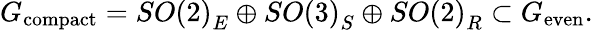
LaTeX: G_{\mathrm{compact}}=SO\left(2\right)_{E}\oplus SO\left(3\right)_{S}\oplus SO\left(2\right)_{R}\subset G_{\mathrm{even}}.